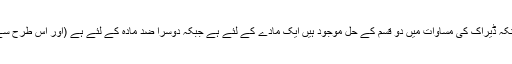
دوسرے الفاظ میں ضد مادّہ وجود رکھتا ہے کیونکہ ڈیراک کی مساوات میں دو قسم کے حل موجود ہیں ایک مادّے کے لئے ہے جبکہ دوسرا ضد مادّہ کے لئے ہے (اور اس طرح سے یہ خصوصی نظریہ اضافیت کا نتیجہ بنتا ہے۔